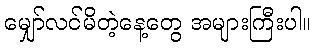
မျှော်လင်မိတဲ့နေ့တွေ အများကြီးပါ။